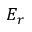
E _ { r }